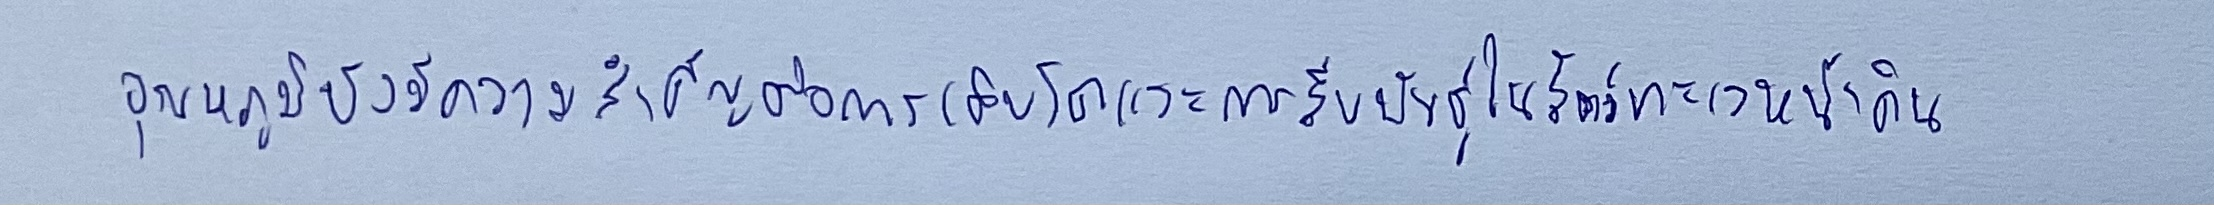
อุณหภูมิยังมีความสำคัญต่อการเติบโตและการสืบพันธุ์ในสัตว์ทะเลหน้าดิน